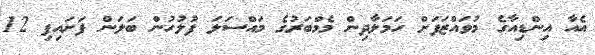
އެއާ އިންޑިއާގެ މުވައްޒަފަށް ހަމަލާދިން މެމްބަރުގެ މައްސަލަ ފުލުހުން ބަލަން ފަށައިފި 12